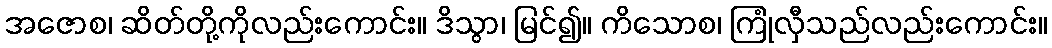
အဇောစ၊ ဆိတ်တို့ကိုလည်းကောင်း။ ဒိသွာ၊ မြင်၍။ ကိသောစ၊ ကြုံလှီသည်လည်းကောင်း။